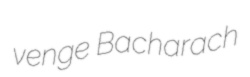
venge Bacharach